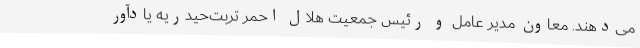
می‌دهند. معاون مدیر عامل و رئیس جمعیت هلال احمر تربت‌حیدریه یادآور